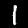
Label: 1